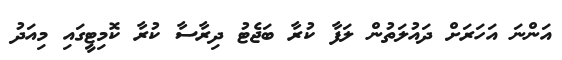
އަންނަ އަހަރަށް ދައުލަތުން ލަފާ ކުރާ ބަޖެޓު ދިރާސާ ކުރާ ކޮމިޓީގައި މިއަދު